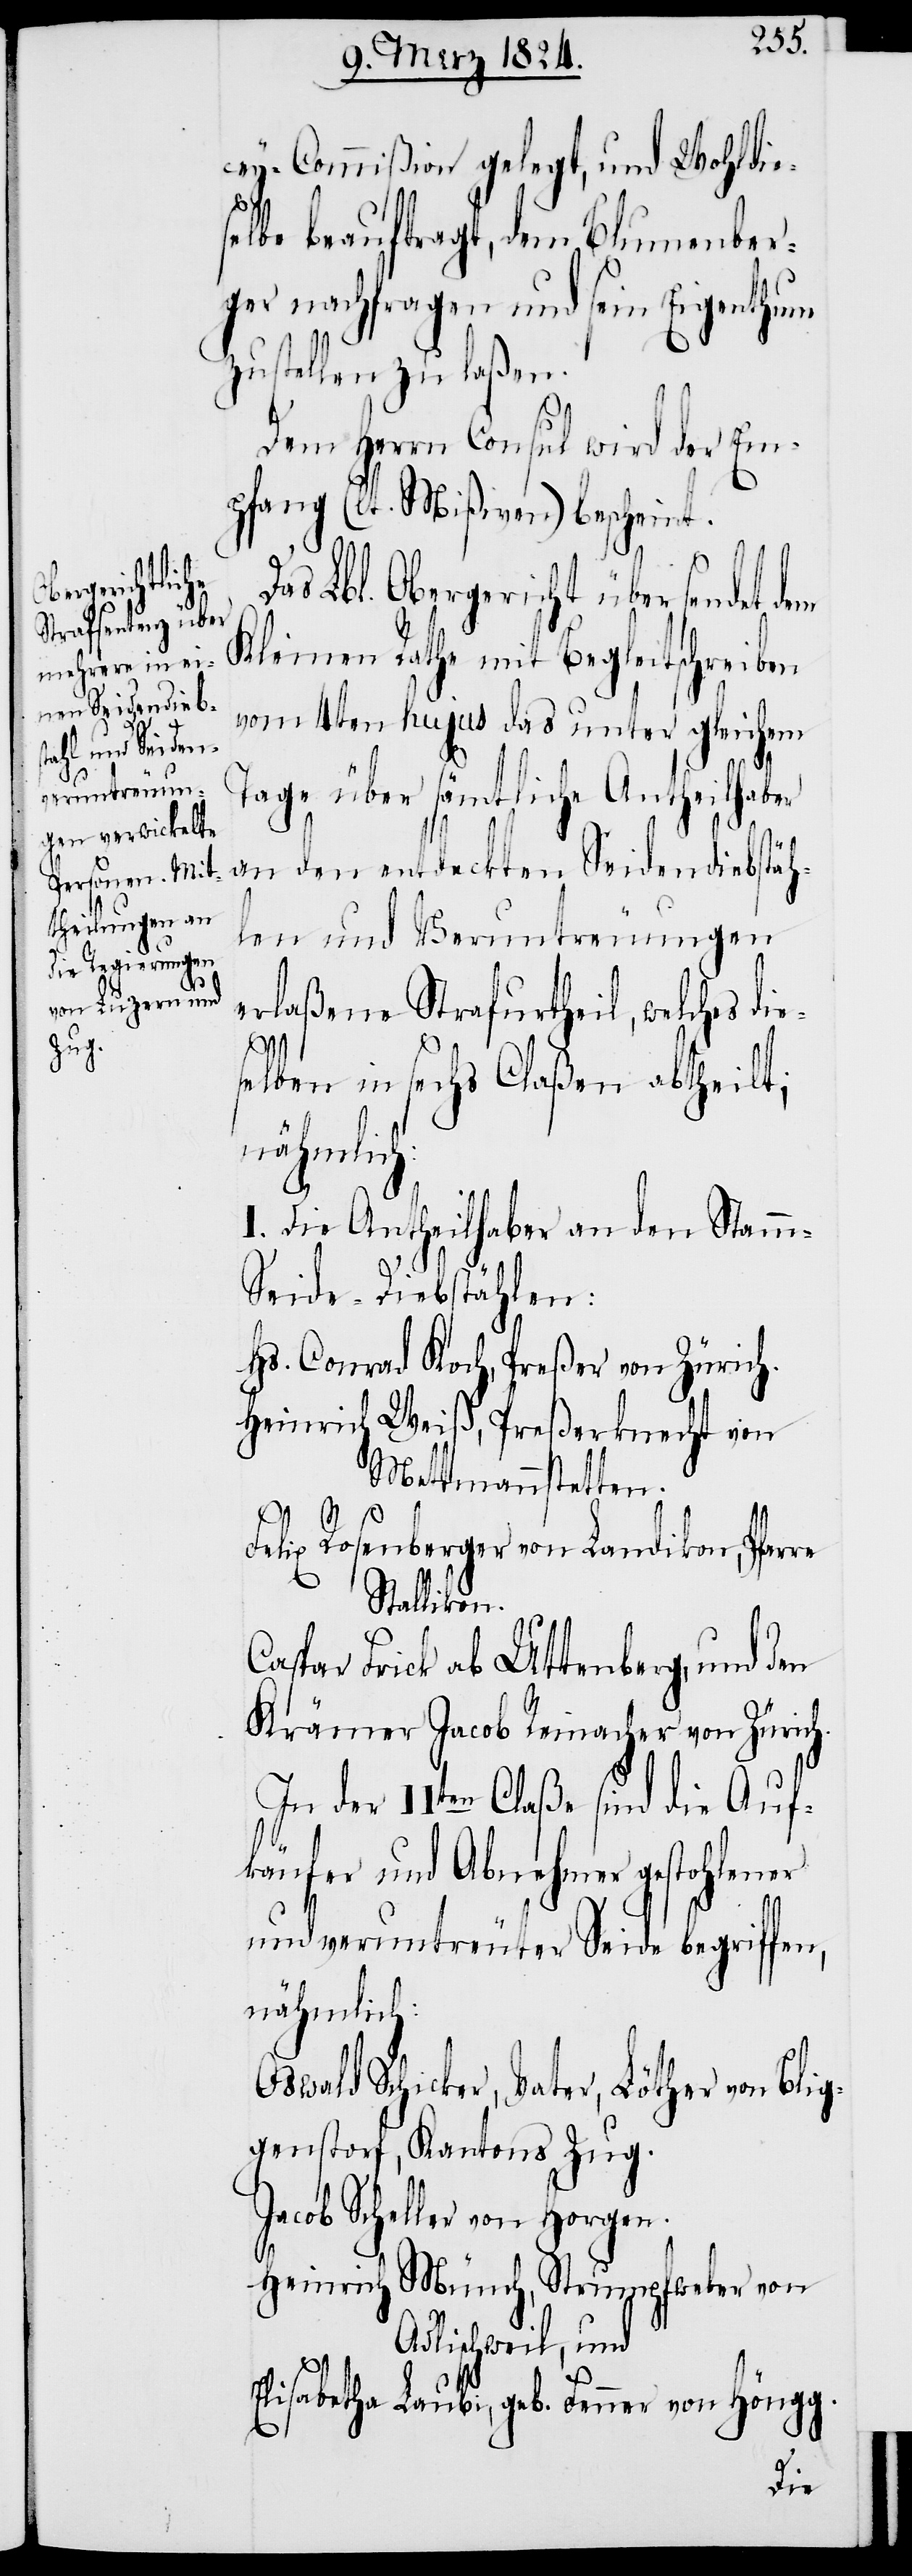
re
Da¬

cey-Commißion gelegt, und Wohldie¬
selbe beauftragt, dem Blumenber¬
ger nachzufragen und sein Eigenthum
zustellen zu laßen.
Dem Herrn Consul wird der Em¬
pfang (lt. Mißiven) bescheint.
s Lbl. Obergericht übersendet dem
Kleinen Rathe mit Begleitschreiben
vom 4ten hujus das unter gleichem
Tage über sämtliche Antheilhaber
an den entdeckten Seidendiebstäh¬
len und Veruntreuungen
erlaßene Strafurtheil, welches die¬
selben in sechs Claßen abtheilt;
nähmlich:
I. Die Antheilhaber an den Stam¬
m-Seide-Diebstählen:
Hs. Conrad Koch, Preßer von Zürich.
Heinrich Weiß, Preßerknecht von
Mettmenstetten.
Felix Rosenberger von Landikon, Pfar¬
Stallikon.
Caspar Frick ab Uttenberg, und den
Krämer Jacob Reinacher von Zürich.
In der IIten Claße sind die Auf¬
käufer und Abnehmer gestohlener
und veruntreuter Seide begriffen,
nähmlich:
Oswald Schicker, Vater, Löther von Bli¬
ggenstorf, Kantons Zug.
Jacob Scheller von Horgen.
Heinrich Münch, Strumpfweber von
Adlischweil, und
Elisabetha Laubi, geb. Fenner von Höngg